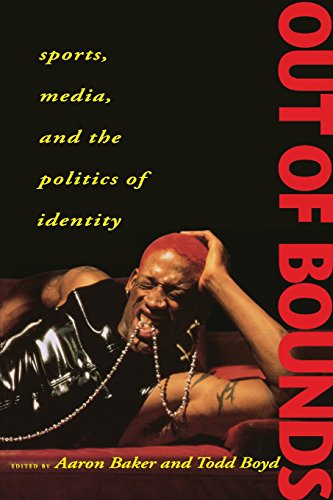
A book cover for Out of Bounds: Sports, Media and the Politics of Identity; Sports & Outdoors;